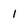
Character: 1